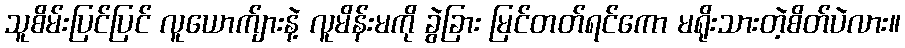
သူစိမ်းပြင်ပြင် လူယောက်ျားနဲ့ လူမိန်းမကို ခွဲခြား မြင်တတ်ရင်ကော မရိုးသားတဲ့စိတ်ပဲလား။